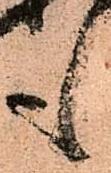
も